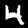
Label: 4